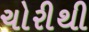
ચોરીથી